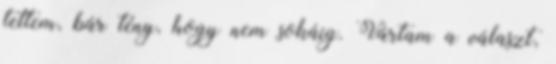
tettem, bár tény, hogy nem sokáig. Vártam a választ,